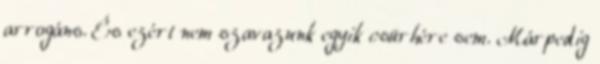
arrogáns. És ezért nem szavazunk egyik csürhére sem. Márpedig